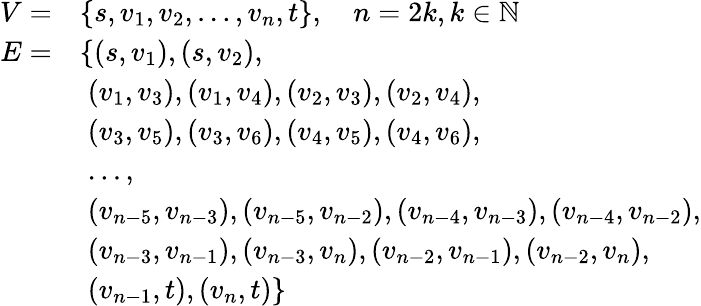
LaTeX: \begin{array}{rl}{V=}&{\{ s,v_{1},v_{2},\ldots,v_{n},t\} ,\quad n=2k,k\in\mathbb{N}}\\ {E=}&{\{ (s,v_{1}),(s,v_{2}),}\\ &{\; (v_{1},v_{3}),(v_{1},v_{4}),(v_{2},v_{3}),(v_{2},v_{4}),}\\ &{\; (v_{3},v_{5}),(v_{3},v_{6}),(v_{4},v_{5}),(v_{4},v_{6}),}\\ &{\; \ldots,}\\ &{\; (v_{n-5},v_{n-3}),(v_{n-5},v_{n-2}),(v_{n-4},v_{n-3}),(v_{n-4},v_{n-2}),}\\ &{\; (v_{n-3},v_{n-1}),(v_{n-3},v_{n}),(v_{n-2},v_{n-1}),(v_{n-2},v_{n}),}\\ &{\; (v_{n-1},t),(v_{n},t)\} }\end{array}